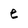
Character: e